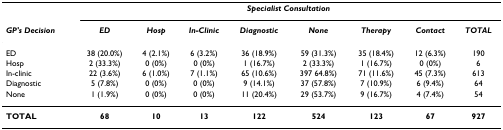
<table><thead><tr><td></td><td colspan="8"><b><i>Specialist Consultation</i></b></td></tr><tr><td><b><i>GP&#x27;s Decision</i></b></td><td><b><i>ED</i></b></td><td><b><i>Hosp</i></b></td><td><b><i>In-Clinic</i></b></td><td><b><i>Diagnostic</i></b></td><td><b><i>None</i></b></td><td><b><i>Therapy</i></b></td><td><b><i>Contact</i></b></td><td><b><i>TOTAL</i></b></td></tr></thead><tbody><tr><td>ED</td><td>38 (20.0%)</td><td>4 (2.1%)</td><td>6 (3.2%)</td><td>36 (18.9%)</td><td>59 (31.3%)</td><td>35 (18.4%)</td><td>12 (6.3%)</td><td>190</td></tr><tr><td>Hosp</td><td>2 (33.3%)</td><td>0 (0%)</td><td>0 (0%)</td><td>1 (16.7%)</td><td>2 (33.3%)</td><td>1 (16.7%)</td><td>0 (0%)</td><td>6</td></tr><tr><td>In-clinic</td><td>22 (3.6%)</td><td>6 (1.0%)</td><td>7 (1.1%)</td><td>65 (10.6%)</td><td>397 64.8%)</td><td>71 (11.6%)</td><td>45 (7.3%)</td><td>613</td></tr><tr><td>Diagnostic</td><td>5 (7.8%)</td><td>0 (0%)</td><td>0 (0%)</td><td>9 (14.1%)</td><td>37 (57.8%)</td><td>7 (10.9%)</td><td>6 (9.4%)</td><td>64</td></tr><tr><td>None</td><td>1 (1.9%)</td><td>0 (0%)</td><td>0 (0%)</td><td>11 (20.4%)</td><td>29 (53.7%)</td><td>9 (16.7%)</td><td>4 (7.4%)</td><td>54</td></tr><tr><td><b>TOTAL</b></td><td><b>68</b></td><td><b>10</b></td><td><b>13</b></td><td><b>122</b></td><td><b>524</b></td><td><b>123</b></td><td><b>67</b></td><td><b>927</b></td></tr></tbody></table>